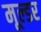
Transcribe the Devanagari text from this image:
मूल्डर